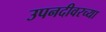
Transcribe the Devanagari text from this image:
उपनदीवरच्या